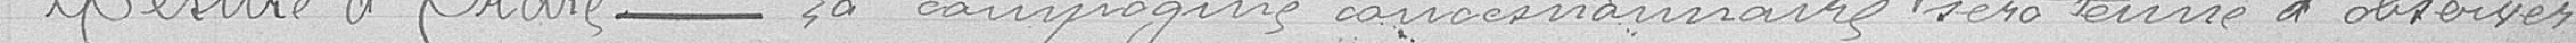
Mesure d'ordre ----- La compagnie concessionnaire sera tenue d'observer